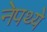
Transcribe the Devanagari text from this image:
नेपथ्ये